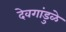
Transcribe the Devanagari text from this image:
देवगांडुळे